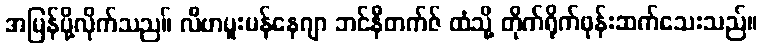
အမြန်ပို့လိုက်သည။် လီဗာပူးမန်နေဂျာ ဘင်နီတက်ဇ် ထံသို့ တိုက်ရိုက်ဖုန်းဆက်သေးသည်။